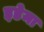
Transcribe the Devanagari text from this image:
इडेमा